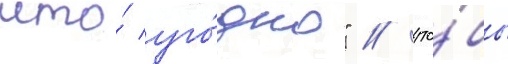
что́ уго́дно" / что́бы